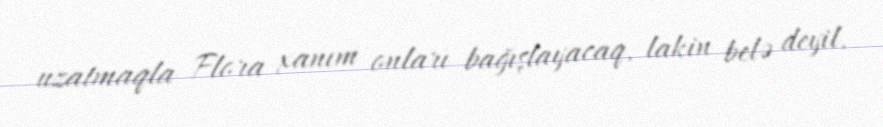
uzatmaqla Flora xanım onları bağışlayacaq, lakin belə deyil.